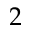
2